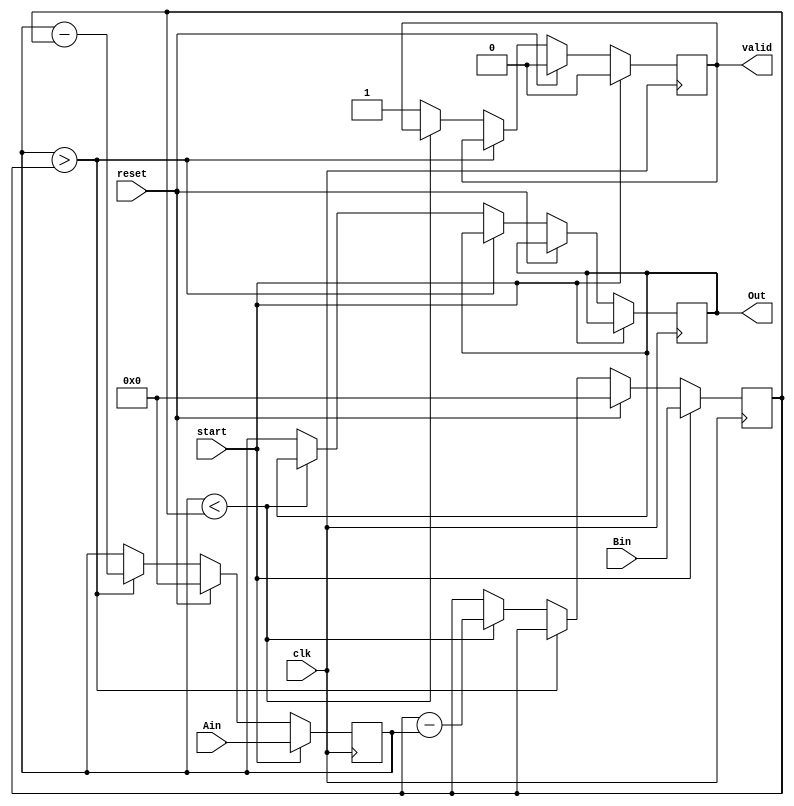
module gcd_fast_m (clk,reset,start,Ain,Bin,Out,valid);
    input clk,reset,start;
    input [5:0] Ain,Bin;
    output reg [5:0] Out;
    output reg valid;

    reg [5:0] A,B;

    always @ (posedge clk)
        begin
            if (start)
                begin
                    A <= Ain; B <= Bin; valid <= 0;
                end
            else if (reset)
                begin
                    A <= 6'b000000; B <= 6'b000000; valid <= 0;
                end
            else if (A > B)
                begin
                    A <= A - B;
                end
            else if (A < B)
                begin
                    B <= B - A;
                end
            else
                begin
                    Out <= A;
                    valid <= 1;
                end
        end
endmodule